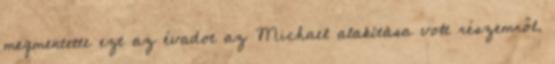
megmentette ezt az évadot az Michael alakítása volt részemről.